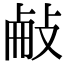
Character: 𢼾